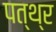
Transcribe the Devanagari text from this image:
पत्थ्र